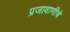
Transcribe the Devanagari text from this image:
प्रजावाणीचे